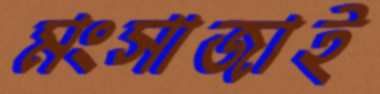
মংসাজাই